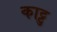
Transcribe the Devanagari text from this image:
काट्टु